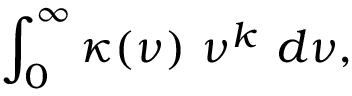
\int _ { 0 } ^ { \infty } \kappa ( \nu ) ~ \nu ^ { k } ~ d \nu ,